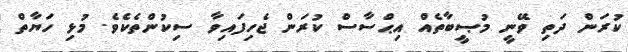
ކުރަން ދަތި ވޭނީ މުޞީބާތެއް އިޙްސާސް ކުރަން ޖެހިފައިވާ ސިކުންތެކެވެ. މުޅި ހަޔާތް